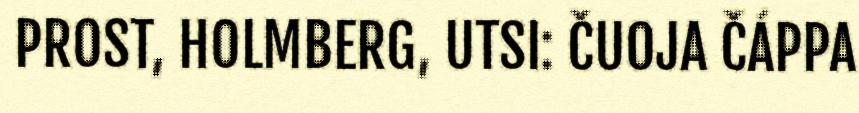
PROST, HOLMBERG, UTSI: ČUOJA ČÁPPA